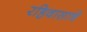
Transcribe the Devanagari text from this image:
रहिवासाचे